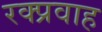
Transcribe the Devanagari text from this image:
रक्प्रवाह